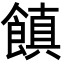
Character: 𩝻